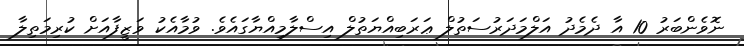
ނޮވެންބަރު 10 އާ ދެމެދު އަލްމަދަރުސަތުލް ޢަރަބިއްޔަތުލް އިސްލާމިއްޔާގައެވެ. ވުމާއެކު ވަޒީފާއަށް ކުރިމަތިލާ